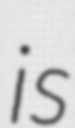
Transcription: is